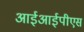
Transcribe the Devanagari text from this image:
आईआईपीएस